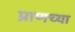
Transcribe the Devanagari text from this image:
प्राणच्या